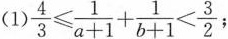
(1)$$\frac { 4 } { 3 } ≤ \frac { 1 } { a + 1}+ \frac { 1 } { b + 1} < \frac { 3 } { 2 }$$;